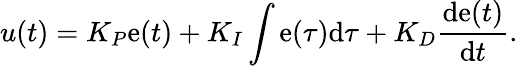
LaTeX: u(t)=K_{P}\mathrm{e}(t)+K_{I}\int\mathrm{e}(\tau){\mathrm{{d}}}\tau+K_{D}{\frac{{{\mathrm{{d}}}\mathrm{e}(t)}}{{{\mathrm{{d}}}t}}}.